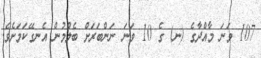
107 ވަނަ މާއްދާގެ (ނ) ގެ 10 ވަނަ ނަންބަރަށް ބެލުމުން އެނގޭކަމަށެވެ.